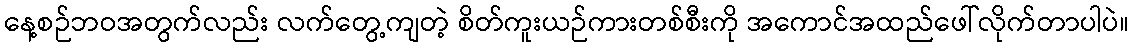
နေ့စဉ်ဘဝအတွက်လည်း လက်တွေ့ကျတဲ့ စိတ်ကူးယဉ်ကားတစ်စီးကို အကောင်အထည်ဖေါ်လိုက်တာပါပဲ။